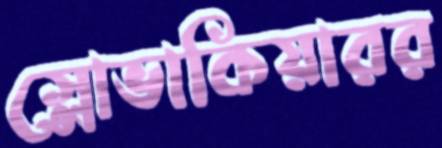
স্লোভাকিয়ারর